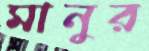
মানুর